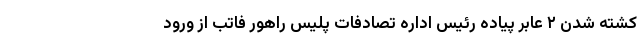
کشته شدن ۲ عابر پیاده رئیس اداره تصادفات پلیس راهور فاتب از ورود